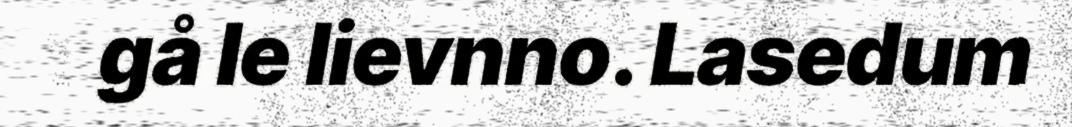
gå le lievnno. Lasedum